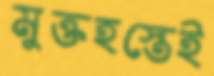
মুক্তহস্তেই